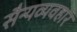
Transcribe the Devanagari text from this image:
सैन्यव्यवहार